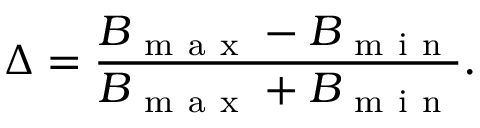
\Delta = \frac { B _ { \mathrm { ~ m ~ a ~ x ~ } } - B _ { \mathrm { ~ m ~ i ~ n ~ } } } { B _ { \mathrm { ~ m ~ a ~ x ~ } } + B _ { \mathrm { ~ m ~ i ~ n ~ } } } .